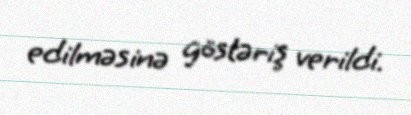
edilməsinə göstəriş verildi.